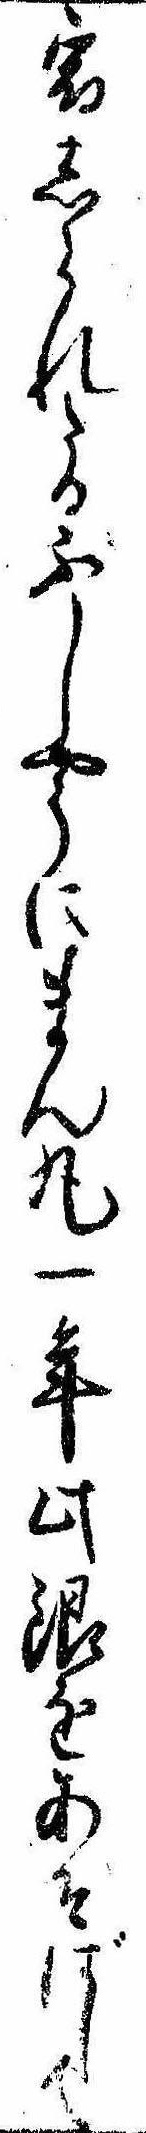
宿しられたるふしやうにまん丸一年此銀をあそばして